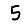
Digit: 5